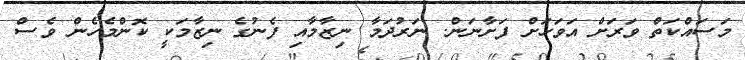
މަސައްކަތް ވަރަށް އަވަހަށް ފަށާނަން. ނަރުދަމާ ނިޒާމާއި ފެނުގެ ނިޒާމަކީ ކޮންމެހެން ވެސް